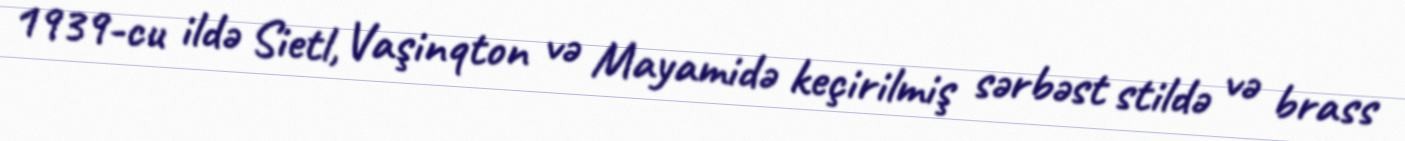
1939-cu ildə Sietl, Vaşinqton və Mayamidə keçirilmiş sərbəst stildə və brass